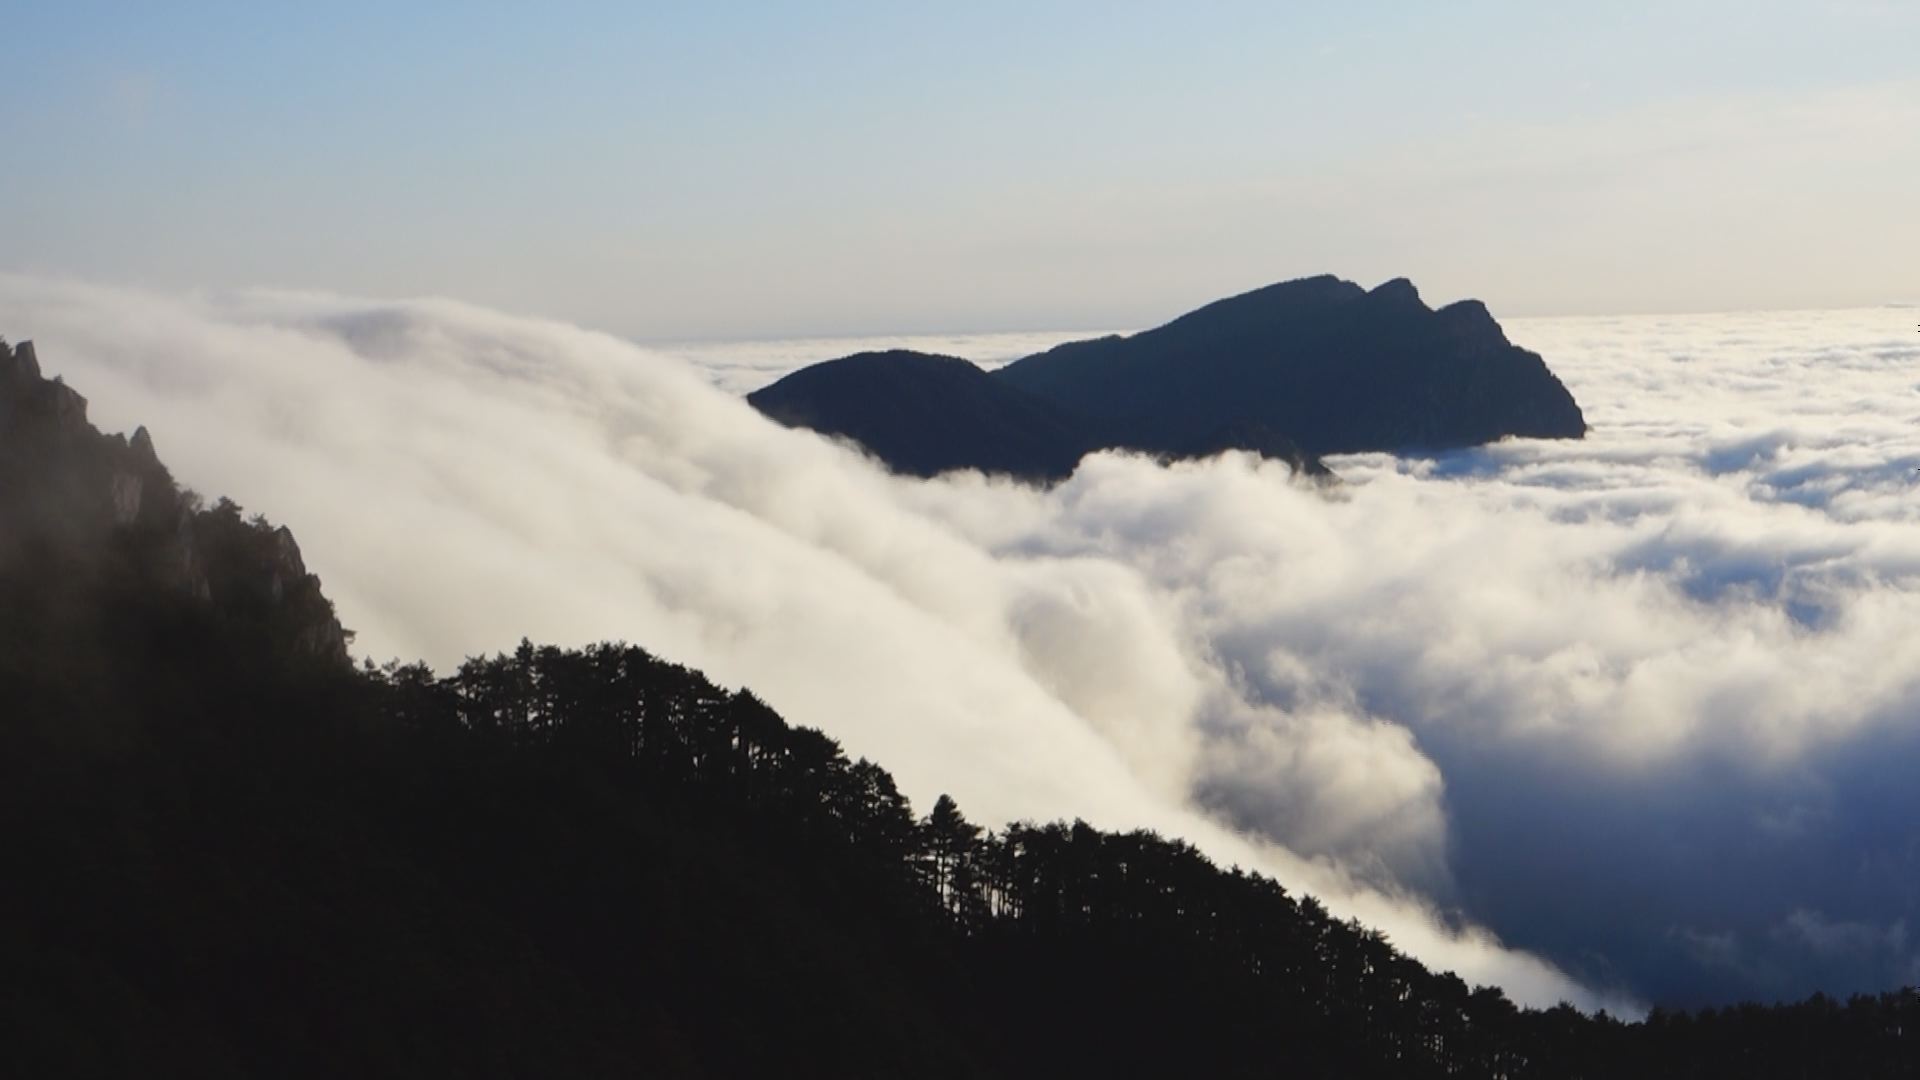
黄云万里动风色，白波九道流雪山。